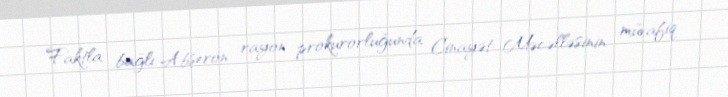
Faktla bağlı Abşeron rayon prokurorluğunda Cinayət Məcəlləsinin müvafiq